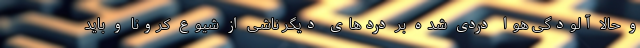
و حالا آلودگی هوا دردی شده بر دردهای دیگر ناشی از شیوع کرونا و باید